Suggestions for procedure with regard to school attendance under the Education (Scotland) Act, 1936, sections 1 to 3 and 5, 1936
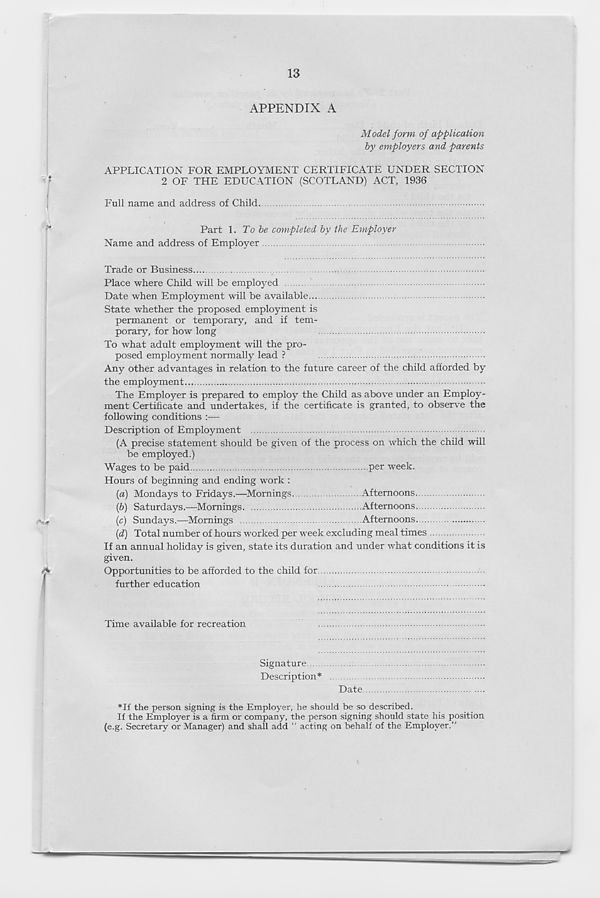
13
APPENDIX A
Model form of application
by employers and parents
APPLICATION FOR EMPLOYMENT CERTIFICATE UNDER SECTION
2 OF THE EDUCATION (SCOTLAND) ACT, 1936
Full name and address of Child
Part 1. To be completed by the Employer
Name and address of Employer
Trade or Business....
Place where Child will be employed
Date when Employment will be available...
State whether the proposed employment is
permanent or temporary, and if tem-
porary, for how long
To what adult employment will the pro-
posed employment normally lead ?
Any other advantages in relation to the future career of the child afforded by
the employment
The Employer is prepared to employ the Child as above under an Employ-
ment Certificate and undertakes, if the certificate is granted, to observe the
following conditions :—
Description of Employment
(A precise statement should be given of the process on which the child will
be employed.)
Wages to be paid
per week.
Hours of beginning and ending work :
(a) Mondays to Fridays.—Mornings.
Afternoons
ip) Saturdays.—Mornings.
Afternoons
,%*•
(c) Sundays.—Mornings
Afternoons
{d) Total number of hours worked per week excluding meal times
If an annual holiday is given, state its duration and under what conditions it is
given.
rf
Opportunities to be afforded to the child for
further education
Time available for recreation
Signature
Description*
Date
*If the person signing is the Employer, he should be so described.
If the Employer is a firm or company, the person signing should state his position
(e.g. Secretary or Manager) and shall add “ acting on behalf of the Employer.”